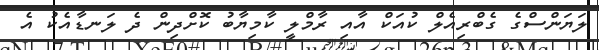
ލަޔަންސްގެ ގެބްރިއެލް ކުއަކް އާއި ރާމްލީ ކާމިޔާބު ކޮށްދިން ދެ ލަނޑާއެކު އެ